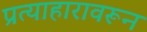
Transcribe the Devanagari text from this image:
प्रत्याहारावरून